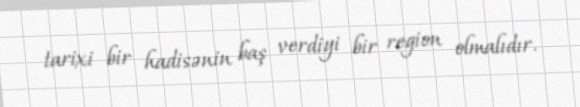
tarixi bir hadisənin baş verdiyi bir region olmalıdır.